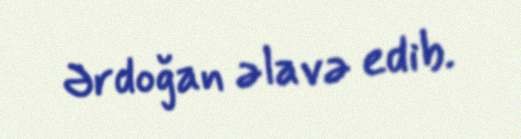
Ərdoğan əlavə edib.